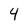
Character: 4